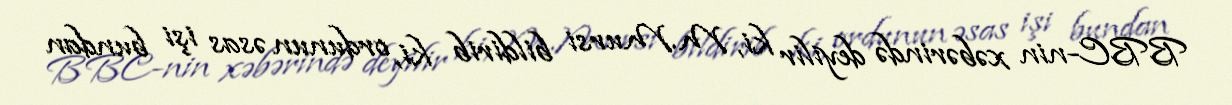
BBC-nin xəbərində deyilir ki, M.Mursi bildirib ki, ordunun əsas işi bundan